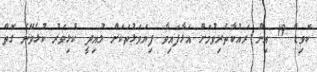
ކޮވިޑް 19 އިން ރައްކާތެރިވުމަށް އަޅާފައިވާ ފިޔަވަޅުތަކަށް ލުއިދީ ކުޅިވަރު ކުޅެވޭނެ ގޮތް